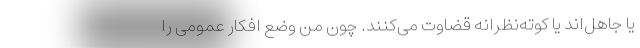
یا جاهل‌اند یا کوته‌نظرانه قضاوت می‌کنند. چون من وضع افکار عمومی را